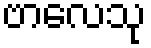
ဗာလေသု